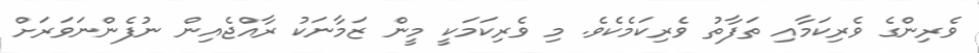
ވެރިންގެ ވެރިކަމާއި ތަފާތު ވެރިކަމެކެވެ. މި ވެރިކަމަކީ މީން ޒަމާނަކު ރާއްޖެއިން ނުފެންނަވަރަށް